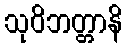
သုဝိဘတ္တာနိ